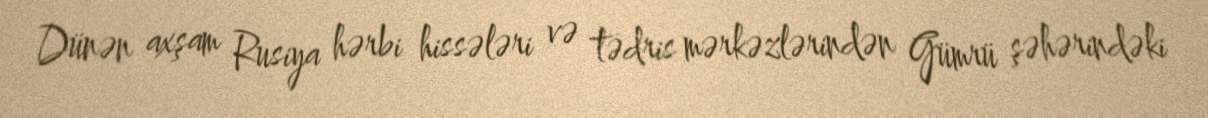
Dünən axşam Rusiya hərbi hissələri və tədris mərkəzlərindən Gümrü şəhərindəki